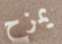
يمزح